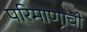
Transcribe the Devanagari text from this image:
परिमाणाची